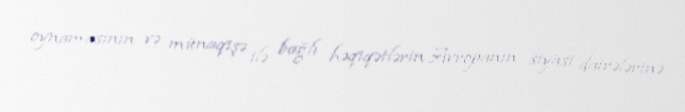
oynamasının və münaqişə ilə bağlı həqiqətlərin Avropanın siyasi dairələrinə